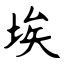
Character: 埃